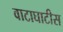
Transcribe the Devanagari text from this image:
वाटाघाटीस